Civil Veterinary Dept. Assam report 1911-1927 - 1911-1927
Year: 1911
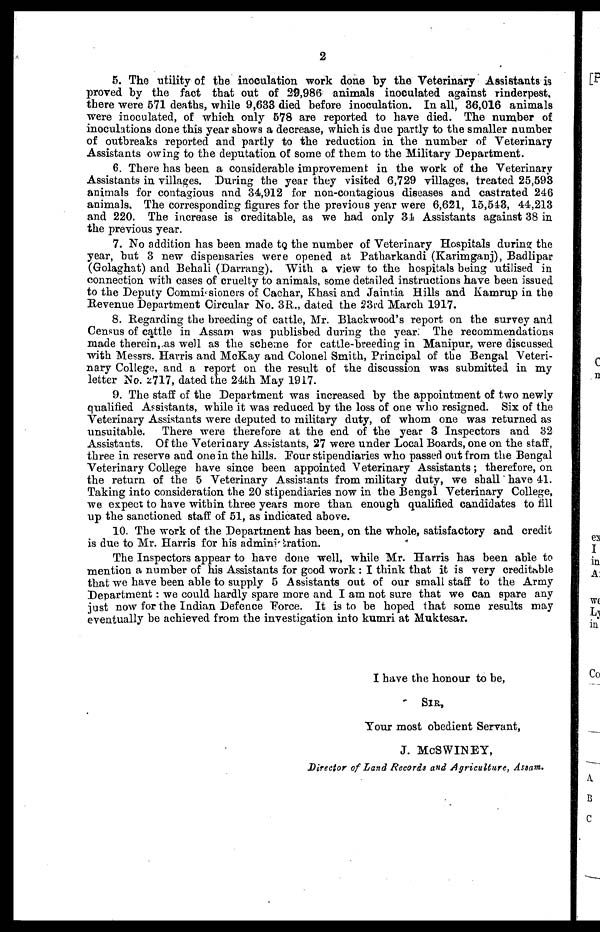
2
5. The utility of the inoculation work done by the Veterinary Assistants is
proved hy the fact that out of 29,986 animals inoculated against rinderpest,
there were 671 deaths, while 9,633 died before inoculation. In all, 36,016 animals
were inoculated, of which only 578 are reported to have died. The number of
inoculations done this year shows a decrease, which is due partly to the smaller number
of outbreaks reported and partly to the reduction in the number of Veterinary
Assistants owing to the deputation of some of them to the Military Department.
6. There has been a considerable improvement in the work of the Veterinary
Assistants in villages. During the year they visited 6,729 villages, treated 25,593
animals for contagious and 34,912 for non-contagious diseases and castrated 246
animals. The corresponding figures for the previous year were 6,621, 15,543, 44,213
and 220. The increase is creditable, as we had only 34 Assistants against 38 in
the previous year.
7. No addition has been made to the number of Veterinary Hospitals during the
year, but 3 new dispensaries were opened at Patharkandi (Karimganj), Badlipar
(Golaghat) and Behali (Darrang). With a view to the hospitals being utilised in
connection with cases of cruelty to animals, some detailed instructions have been issued
to the Deputy Commi sioners of Cachar, Khasi and Jaintia Hills and Kamrup in the
Revenue Department Circular No. 3R., dated the 23rd March 1917.
8. Regarding the breeding of cattle, Mr. Blackwood's report on the survey and
Census of cattle in Assam was published during the year. The recommendations
made therein, as well as the scheme for cattle-breeding in Manipur, were discussed
with Messrs. Harris and McKay and Colonel Smith, Principal of the Bengal Veteri-
nary College, and a report on the result of the discussion was submitted in my
letter No. 2717, dated the 24th May 1917.
9. The staff of the Department was increased by the appointment of two newly
qualified Assistants, while it was reduced by the loss of one who resigned. Six of the
Veterinary Assistants were deputed to military duty, of whom one was returned as
unsuitable. There were therefore at the end of the year 3 Inspectors and 32
Assistants. Of the Veterinary Assistants, 27 were under Local Boards, one on the staff,
three in reserve and one in the hills. Pour stipendiaries who passed out from the Bengal
Veterinary College have since been appointed Veterinary Assistants; therefore, on
the return of the 5 Veterinary Assistants from military duty, we shall have 41.
Taking into consideration the 20 stipendiaries now in the Bengal Veterinary College,
we expect to have within three years more than enough qualified candidates to fill
up the sanctioned staff of 51, as indicated above.
10. The work of the Department has been, on the whole, satisfactory and credit
is due to Mr. Harris for his administration.
The Inspectors appear to have done well, while Mr. Harris has been able to
mention a number of his Assistants for good work : I think that it is very creditable
that we have been able to supply 5 Assistants out of our small staff to the Army
Department: we could hardly spare more and I am not sure that we can spare any
just now for the Indian Defence Force. It is to be hoped that some results may
eventually be achieved from the investigation into kumri at Muktesar.
I have the honour to be,
SIR,
Tour most obedient Servant,
J. McSWINEY,
Director of Land Records and Agriculture, Astartt.